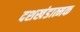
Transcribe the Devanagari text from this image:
दशखंडात्मक